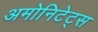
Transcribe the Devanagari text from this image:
अमोनिटेट्स